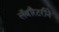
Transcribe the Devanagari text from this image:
लॅबॉरेटरीने